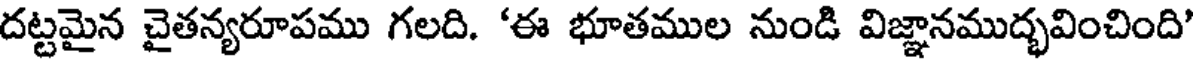
దట్టమైన చైతన్యరూపము గలది. 'ఈ భూతముల నుండి విజ్ఞానముద్భవించింది'